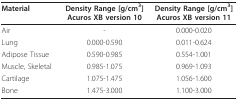
| Material | Density Range [g/cm3]Acuros XB version 10 | Density Range [g/cm3]Acuros XB version 11 |
 | --- | --- | --- |
 | Air | - | 0.000-0.020 |
 | Lung | 0.000-0.590 | 0.011-0.624 |
 | Adipose Tissue | 0.590-0.985 | 0.554-1.001 |
 | Muscle, Skeletal | 0.985-1.075 | 0.969-1.093 |
 | Cartilage | 1.075-1.475 | 1.056-1.600 |
 | Bone | 1.475-3.000 | 1.100-3.000 |